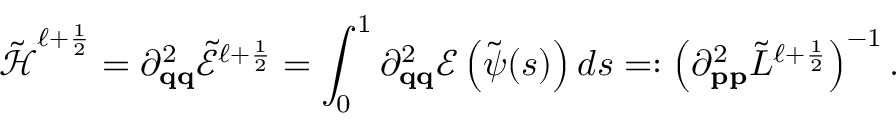
\tilde { \boldsymbol { \mathcal { H } } } ^ { \ell + \frac { 1 } { 2 } } = \partial _ { \mathbf { q } \mathbf { q } } ^ { 2 } \tilde { \mathcal { E } } ^ { \ell + \frac { 1 } { 2 } } = \int _ { 0 } ^ { 1 } \partial _ { \mathbf { q } \mathbf { q } } ^ { 2 } \mathcal { E } \left( \tilde { \boldsymbol { \psi } } ( s ) \right) d s = : \left( \partial _ { \mathbf { p } \mathbf { p } } ^ { 2 } \tilde { L } ^ { \ell + \frac { 1 } { 2 } } \right) ^ { - 1 } .